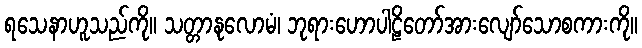
ရသေနာဟူသည်ကို။ သတ္တာနုလောမံ၊ ဘုရားဟောပါဠိတော်အားလျော်သောစကားကို။